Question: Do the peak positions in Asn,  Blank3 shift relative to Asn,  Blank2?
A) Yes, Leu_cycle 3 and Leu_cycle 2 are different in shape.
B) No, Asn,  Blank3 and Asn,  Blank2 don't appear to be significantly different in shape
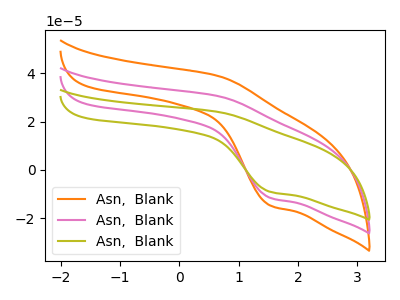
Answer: <think>The orange curve "Asn,  Blank1" has an anodic peak at (0.65V, 61.20uA) and a cathodic peak at (1.55V, -23.25uA). The pink curve "Asn,  Blank2" has an anodic peak at (0.65V, 30.60uA) and a cathodic peak at (1.55V, -11.60uA). The olive curve "Asn,  Blank3" has an anodic peak at (0.65V, 24.05uA) and a cathodic peak at (1.55V, -9.10uA).
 All the peaks in "Asn,  Blank3" have a peak in "Asn,  Blank2" at the same potential. Every peak in "Asn,  Blank3" is lower than every peak in "Asn,  Blank2".</think>
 <answer>B) No, "Asn,  Blank3" and "Asn,  Blank2" don't appear to be significantly different in shape</answer>
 <eval>B</eval>